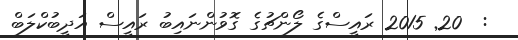
:  20